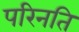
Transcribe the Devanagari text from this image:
परिनति